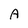
Character: A